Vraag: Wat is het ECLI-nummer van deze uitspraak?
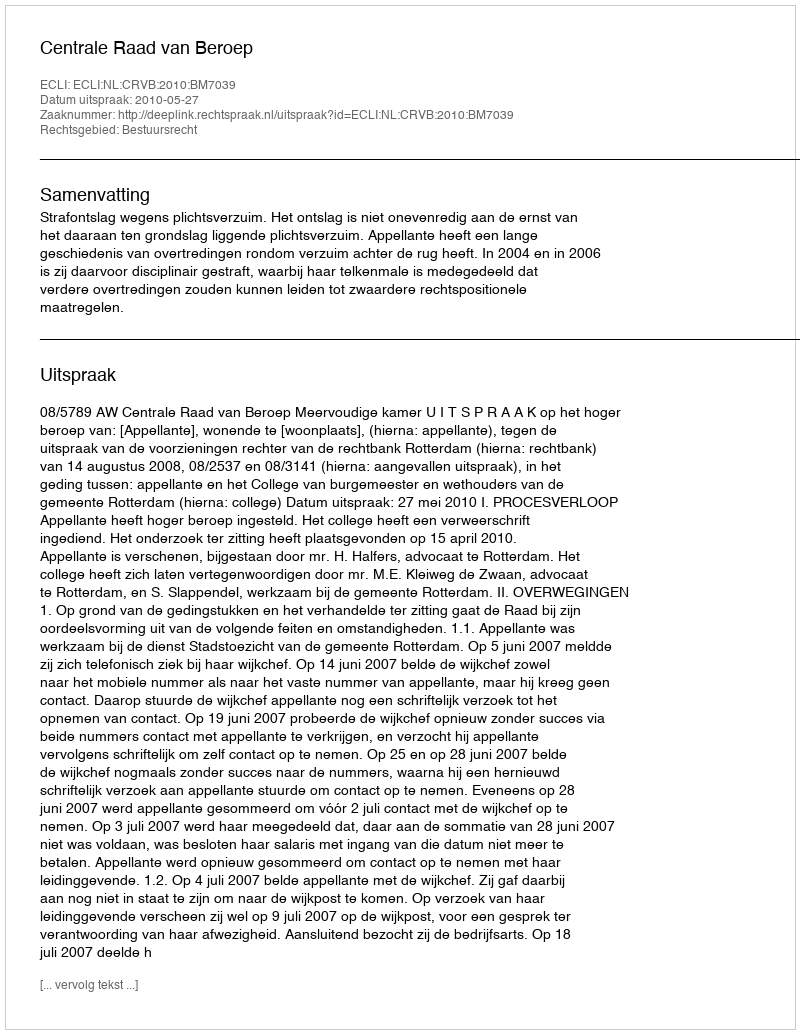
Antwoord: ECLI:NL:CRVB:2010:BM7039